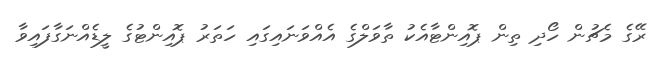
ރޭގެ މެޗުން ހޯދި ތިން ޕޮއިންޓާއެކު ތާވަލްގެ އެއްވަނައިގައި ހަތަރު ޕޮއިންޓުގެ ލީޑެއްނަގާފައިވާ